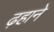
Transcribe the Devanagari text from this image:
ढ़हाने